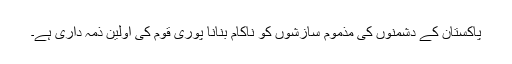
پاکستان کے دشمنوں کی مذموم سازشوں کو ناکام بنانا پوری قوم کی اولین ذمہ داری ہے۔